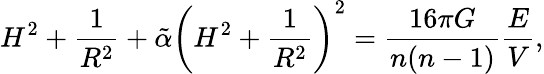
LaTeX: H^{2}+\frac{1}{R^{2}}+\tilde{\alpha}\left(H^{2}+\frac{1}{R^{2}}\right)^{2}=\frac{16\pi G}{n(n-1)}\frac{E}{V},